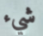
شيء